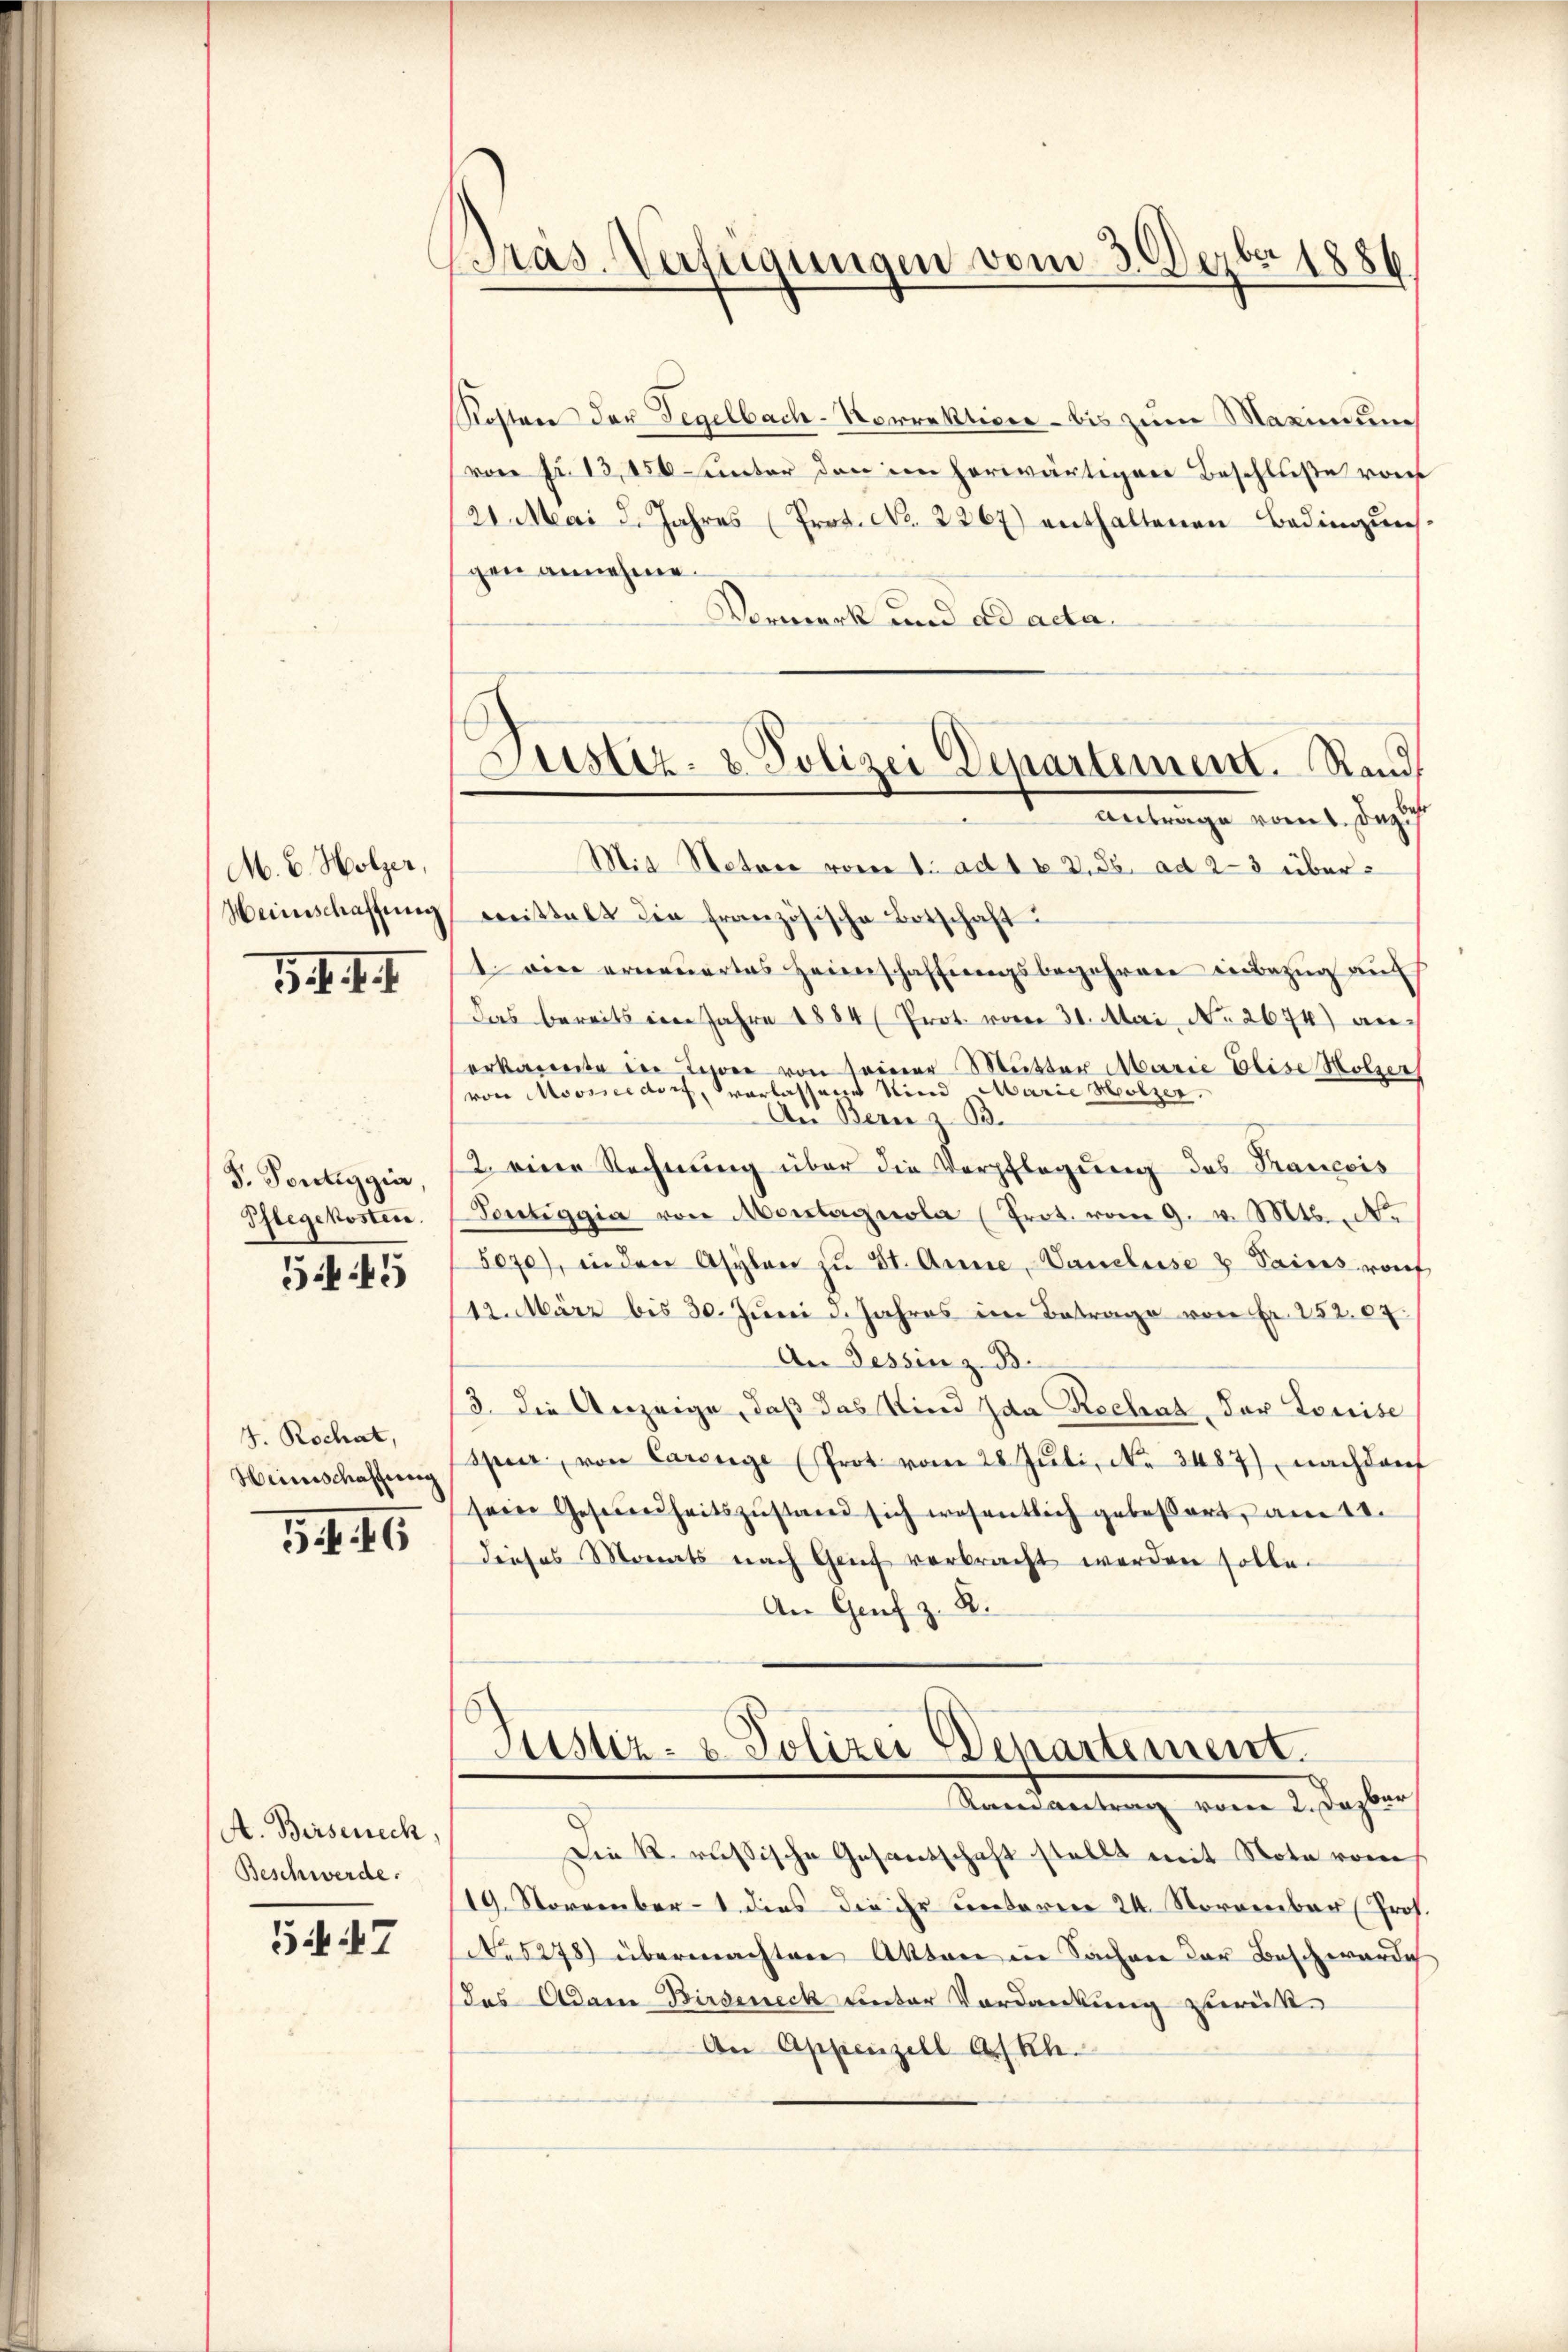
M. E. Holzer,
Heinschaffung

15. d. d. 7.

F. Pontiggia,
Pflegekosten.
545

J. Rochat,
Weinschaffung

3. 16

A. Birsenech
Beschwerde.

54. 47

Bras-Verfügungen vom 3. Dezbr 1886

Kostere der Tegelbach-Korrektiver - bis zum Maximum
(von Fr. 13,150 unter den im herwärtigen Beschluße von
24. Mai d. Jahres (Prot. No. 2267) enthaltenen Bedingŭng.
gen annehme.
Vermerk und ad acta
Mit Natore vom 1. ad 1 v. 3. 35. ad 2-3 übermeistalt die französische Botschaft:
1 wie erneuertes Heimschaffungsbegehren in Bezug auf
Das bereits im Jahre 1884 (Prot. vom 31. Mai, No. 2674) anerkannte der Tier von seiner Mutter Marie Elise Holzer
von Moosseldorf, verlassene Kind Marie Holzer.
Au Bern 33.
2 eine Rechnung über die Verpflegung des Trancois
Portiggia von Montagnola (Prot. vom 9. v. Mts. No
5070), in den Asylen zŭ St. Anne, Vancluse & Pains rauf
112. März bis 30. Jŭni d. Jahres im Betrage von Fr. 252.09.
An Tessin z. B.
3. die Anzeige, daß das Kind Ida Rechat Dor Louise
Spur von Carige (Prot vom 28. Jŭli, No. 3487), nachdem
sein Gesundheitszŭstand sich wesentlich gebessert, am 11.
dieses Monats nach Genf verbracht werden solle.
An Genf z. R.

Justiz- & Polizei Departement. Rand
antrage komt, das

Justiz- & Polizei denartement.
Ramantrag vom 2. Dazber

sie k. russische Gesantschaft stellt mit Note vom
19. November dies die ihr unterer 24. Normenbar Prof.
No 5278) übermachten Akten in Sachen der Beschwärdi
das Adam Birseneck unter Verdankung zurück¬
An Appenzell A/Rh.